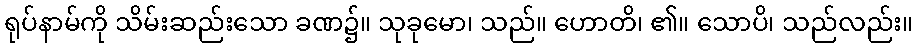
ရုပ်နာမ်ကို သိမ်းဆည်းသော ခဏ၌။ သုခုမော၊ သည်။ ဟောတိ၊ ၏။ သောပိ၊ သည်လည်း။